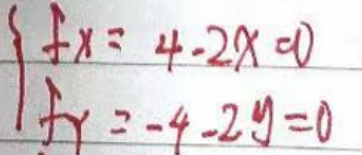
\begin{cases}
f_x = 4 - 2x = 0 \\
f_y = -4 - 2y = 0
\end{cases}